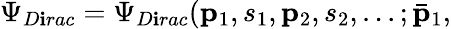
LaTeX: \Psi_{D\mathbf{i}rac}=\Psi_{D\mathbf{i}rac}({\mathbf{p}}_{1},s_{1},{\mathbf{p}}_{2},s_{2},...;\bar{{{\mathbf{p}}}}_{1},